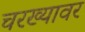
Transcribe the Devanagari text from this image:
चरख्यावर